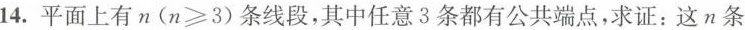
14.平面上有n(n≥3)条线段，其中任意3条都有公共端点，求证：这n条